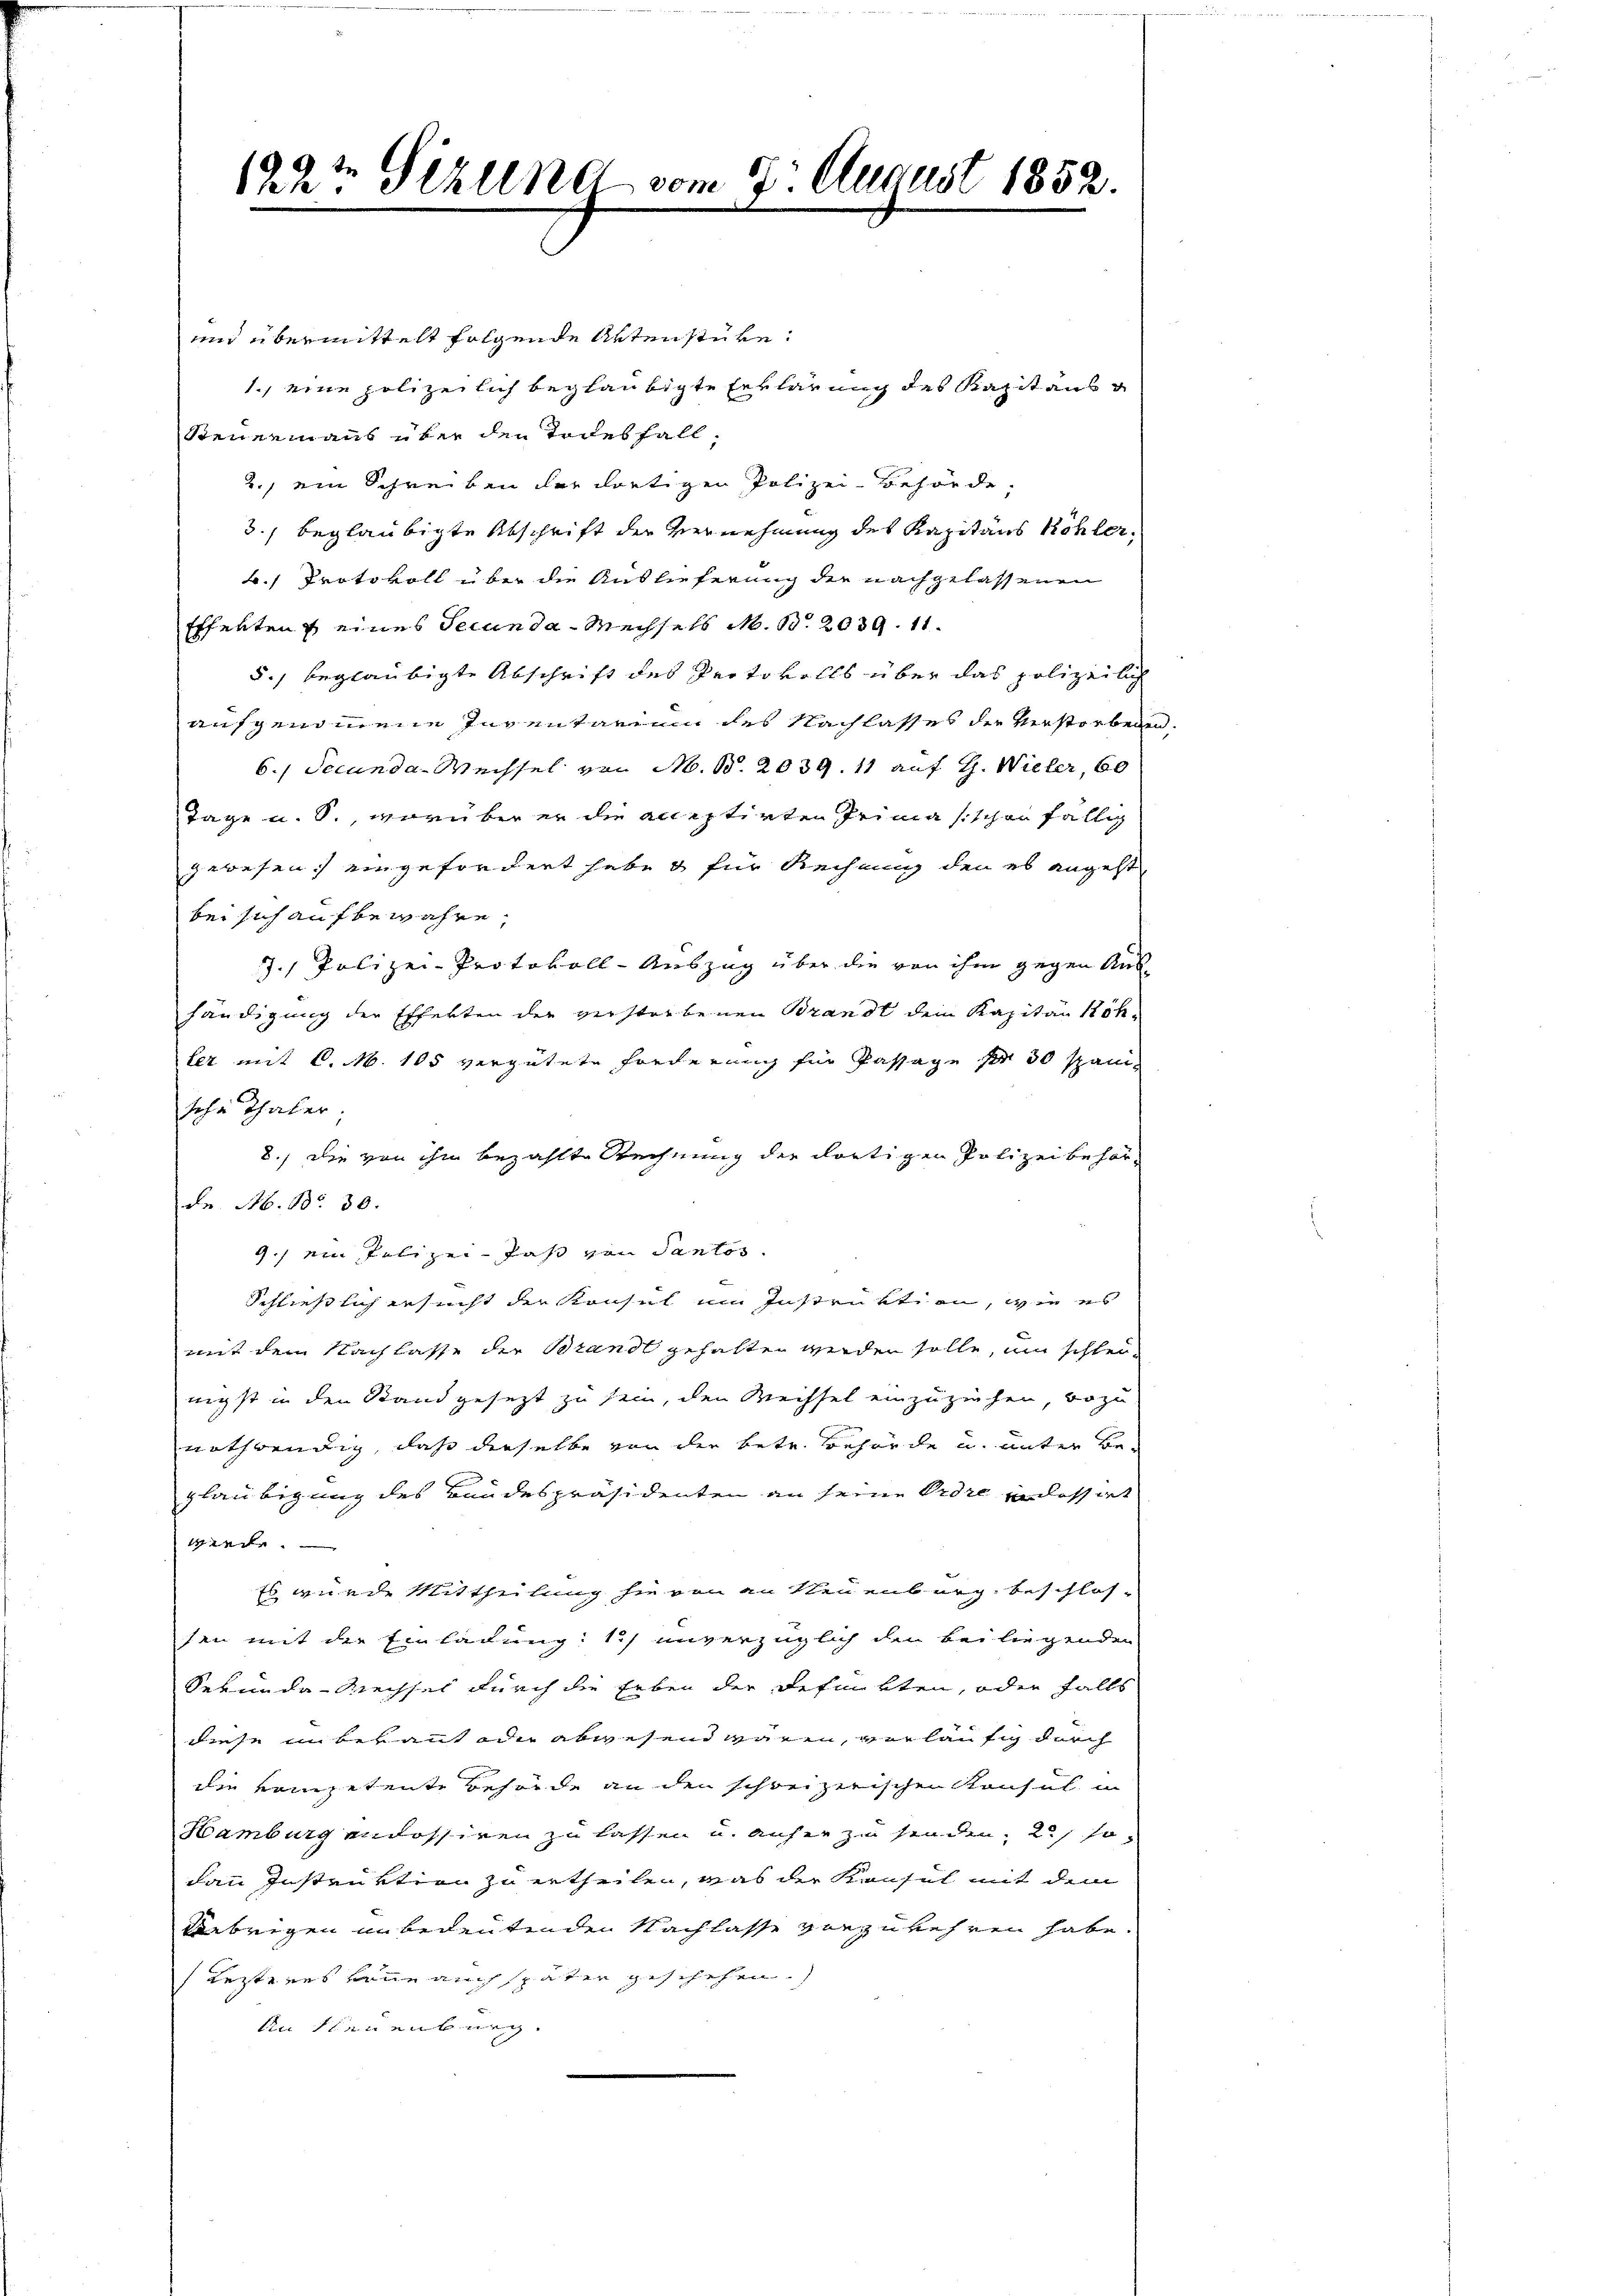
122t Sizung vom 9. August 1852.

und übermittelt folgende Aktenstube¬
1., eine polizeilich beglaubigte Erklärung des Kapitaus
Steuermanns über den Todesfall,
2., ein Schreiben der dortigen Polizei-Behörde,
3., beglaubigte Abschrift der Vernehmung des Kapitaus Köhlerk. Protokoll über die Auslieferung der nachgelassenen
Effekten eines Secunda - Mechsels N. B. 2039. 11.
5.) beglaubigte Abschrift des Protokolls über das polizeilich
aufgenommene Inventarium des Nachlasses der Verstorbenen.
6. Secunda-Wechsel von M. B. 2039. 11 auf G. Wieler, 60
Tage u. S., worüber er die acceptirten Primasischer fällig
gewesen, eingefordert habe & für Rechung den es angeht,
bei sich aufbewahre,
7.1 Polizei-Protokoll-Auszug über die von ihm gegen Aus-
händigung der Efferten der verstorbenen Brandt dem Kapitän Röhter mit C. M. 105 vergütete Forderung für Passage pr 50 spani
sche Thaler.
8.) Die von ihm bezahlte Rechnung der dortigen Polizei behörde. Ab. Nr. 30.
9.) ein Polizei- das von Santes.
Schließlich ansucht der Konsul im Instruktion, wie es
mit dem Nachlasse der Brandt gehalten werden solle, um schleinigst in den Stand gesezt zu sein, den Wechsel einzuziehen, wozu
nothwendig, daß derselbe von der betr. Behörde u. unter Beglaubigung des Bundespräsidenten an seine Ordre in dessirt
wiel.
Es wurde Mittheilung sie von an Neuenburg, beschlos-
sen mit die Einladung: 1) unverzüglich den bei liegenden
Sekunda-Rechsel durch die Erben der gefunkten, oder falls
diese in bekannt oder abwesend wären, verläufig durch
die kompetente Behörde an den schweizerischen Konsul in
Hamburgendossiren zu lassen u. anher zu senden; 2) so
dann Instruktion zu ertheilen, was der Konsul mit dem
tebrigen unbedeutenden Nachlasse vorzukehren habe
Lezteres kann auch später geschehen.
An Neuenburg.